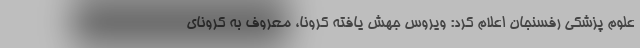
علوم پزشکی رفسنجان اعلام کرد: ویروس جهش یافته کرونا، معروف به کرونای